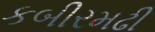
કબીરમઢી